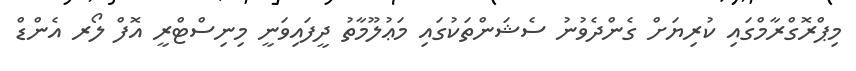
މިޕްރޮގްރާމްގައި ކުރިޔަށް ގެންދެވުނު ސެޝަންތަކުގައި މަޢުލޫމާތު ދީފައިވަނީ މިނިސްޓްރީ އޮފް ލޯރ އެންޑް